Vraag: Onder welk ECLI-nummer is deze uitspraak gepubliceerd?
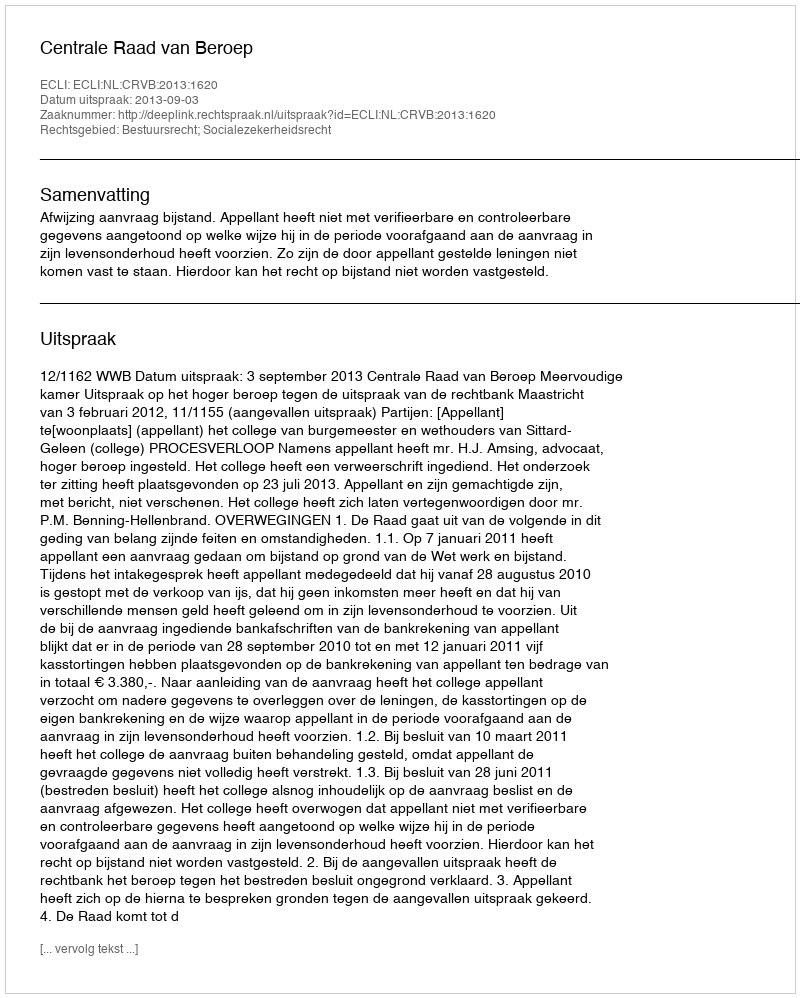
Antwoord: ECLI:NL:CRVB:2013:1620